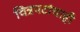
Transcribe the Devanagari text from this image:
चित्रपटांचाही